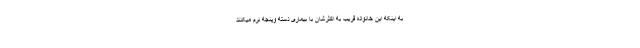
به اینکه این خانواده قریب به اکثرشان با بیماری دسته وپنجه نرم میکنند